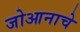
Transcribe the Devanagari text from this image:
जोआनाचे